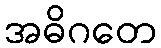
အဓိဂတေ